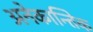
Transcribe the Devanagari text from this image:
अनेकान्तिक